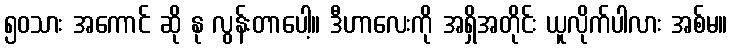
၅၀သား အကောင် ဆို နု လွန်းတာပေါ့။ ဒီဟာလေးကို အရှိအတိုင်း ယူလိုက်ပါလား အစ်မ။